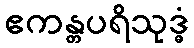
ဧကန္တပရိသုဒ္ဓံ